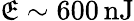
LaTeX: \mathfrak{E}\sim600\, \mathrm{{nJ}}